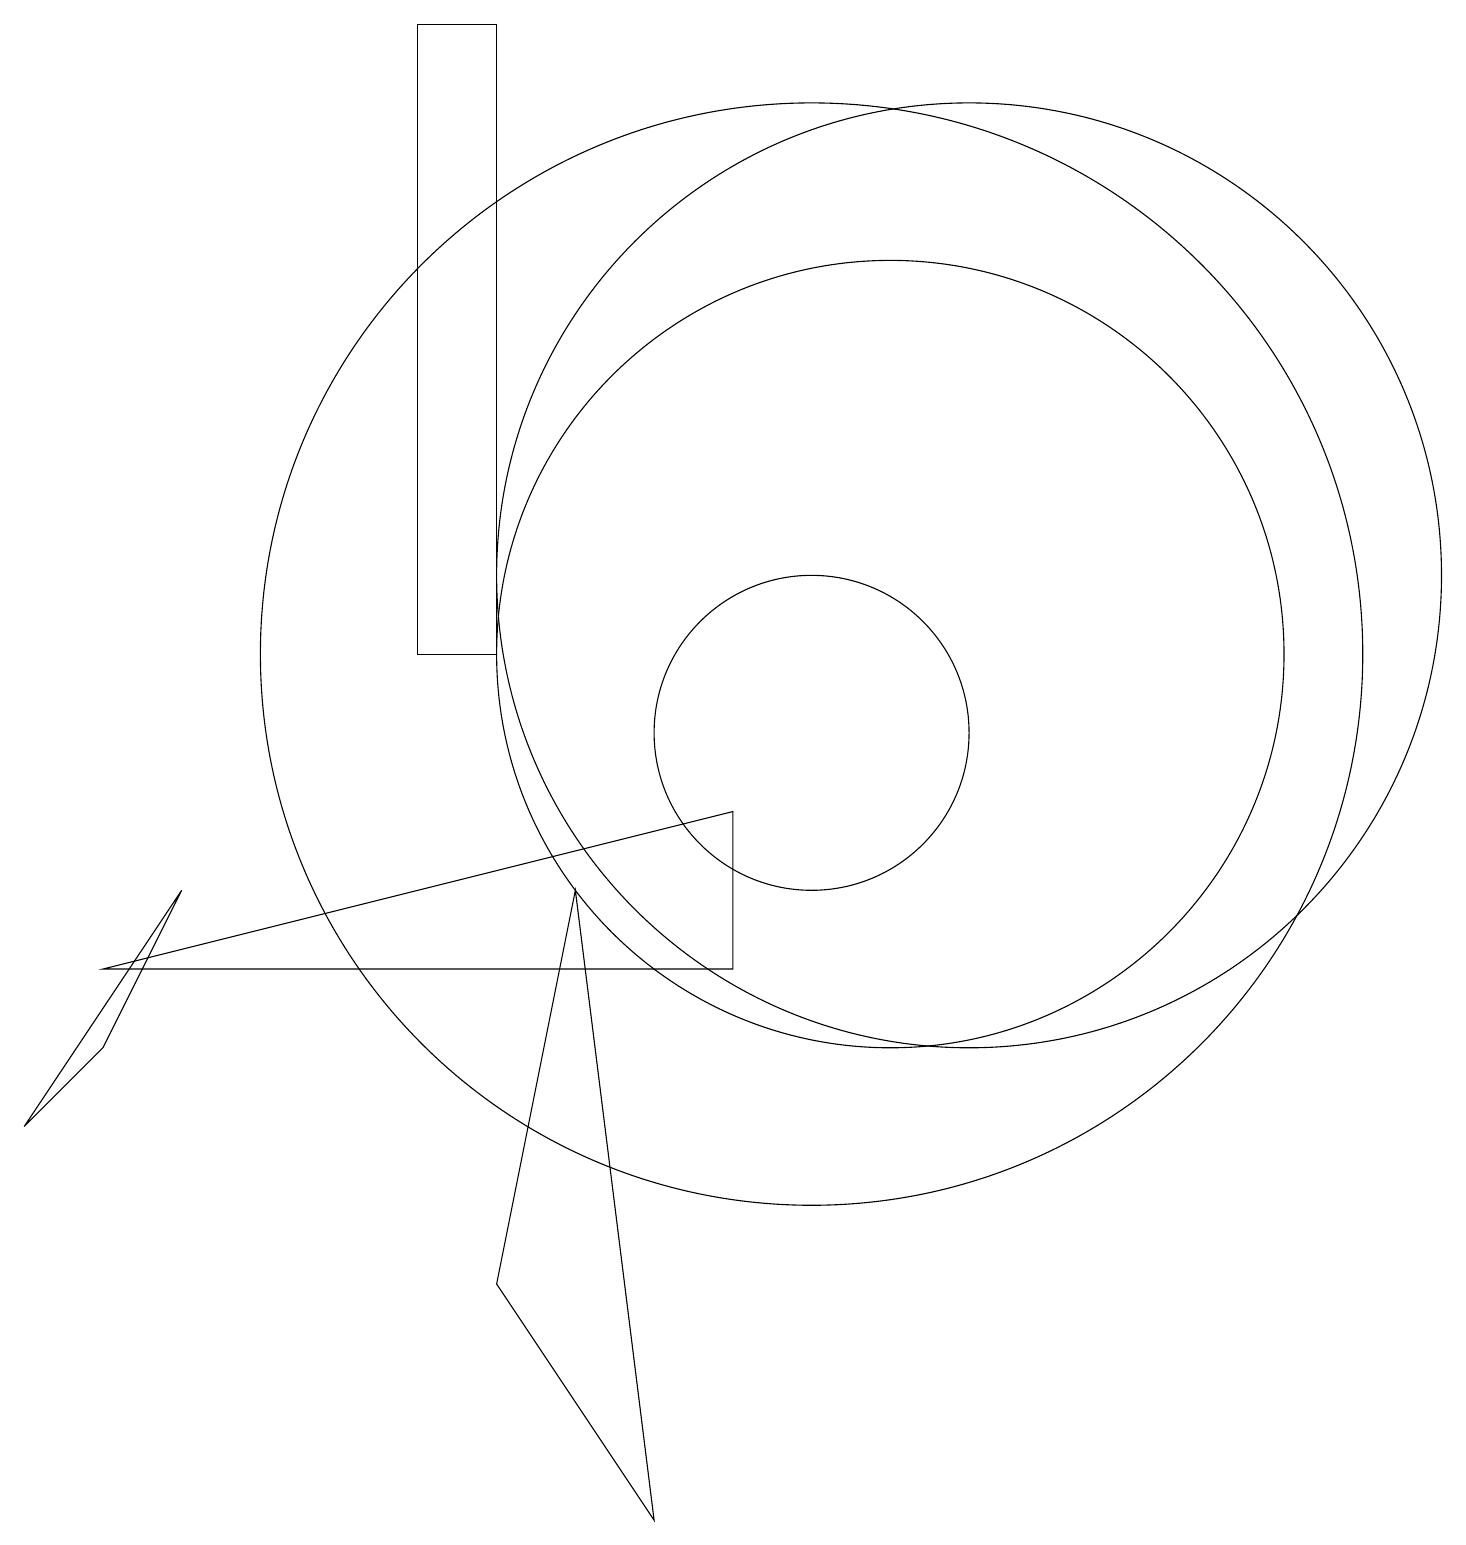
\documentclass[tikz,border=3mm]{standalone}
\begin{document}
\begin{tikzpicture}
\draw (11,11) circle (5);
\draw (1,7) -- (9,7) -- (9,9) -- cycle;
\draw (6,11) rectangle (5,19);
\draw (6,3) -- (8,0) -- (7,8) -- cycle;
\draw (1,6) -- (2,8) -- (0,5) -- cycle;
\draw (12,12) circle (6);
\draw (10,11) circle (7);
\draw (10,10) circle (2);
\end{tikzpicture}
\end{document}